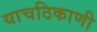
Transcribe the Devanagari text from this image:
याचठिकाणी